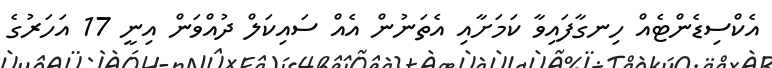
އެކްސިޑެންޓެއް ހިނގާފައިވާ ކަމަށާއި އެތަނުން އެއް ސައިކަލް ދުއްވަން އިނީ 17 އަހަރުގެ